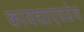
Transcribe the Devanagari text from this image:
कायद्याएवढेच